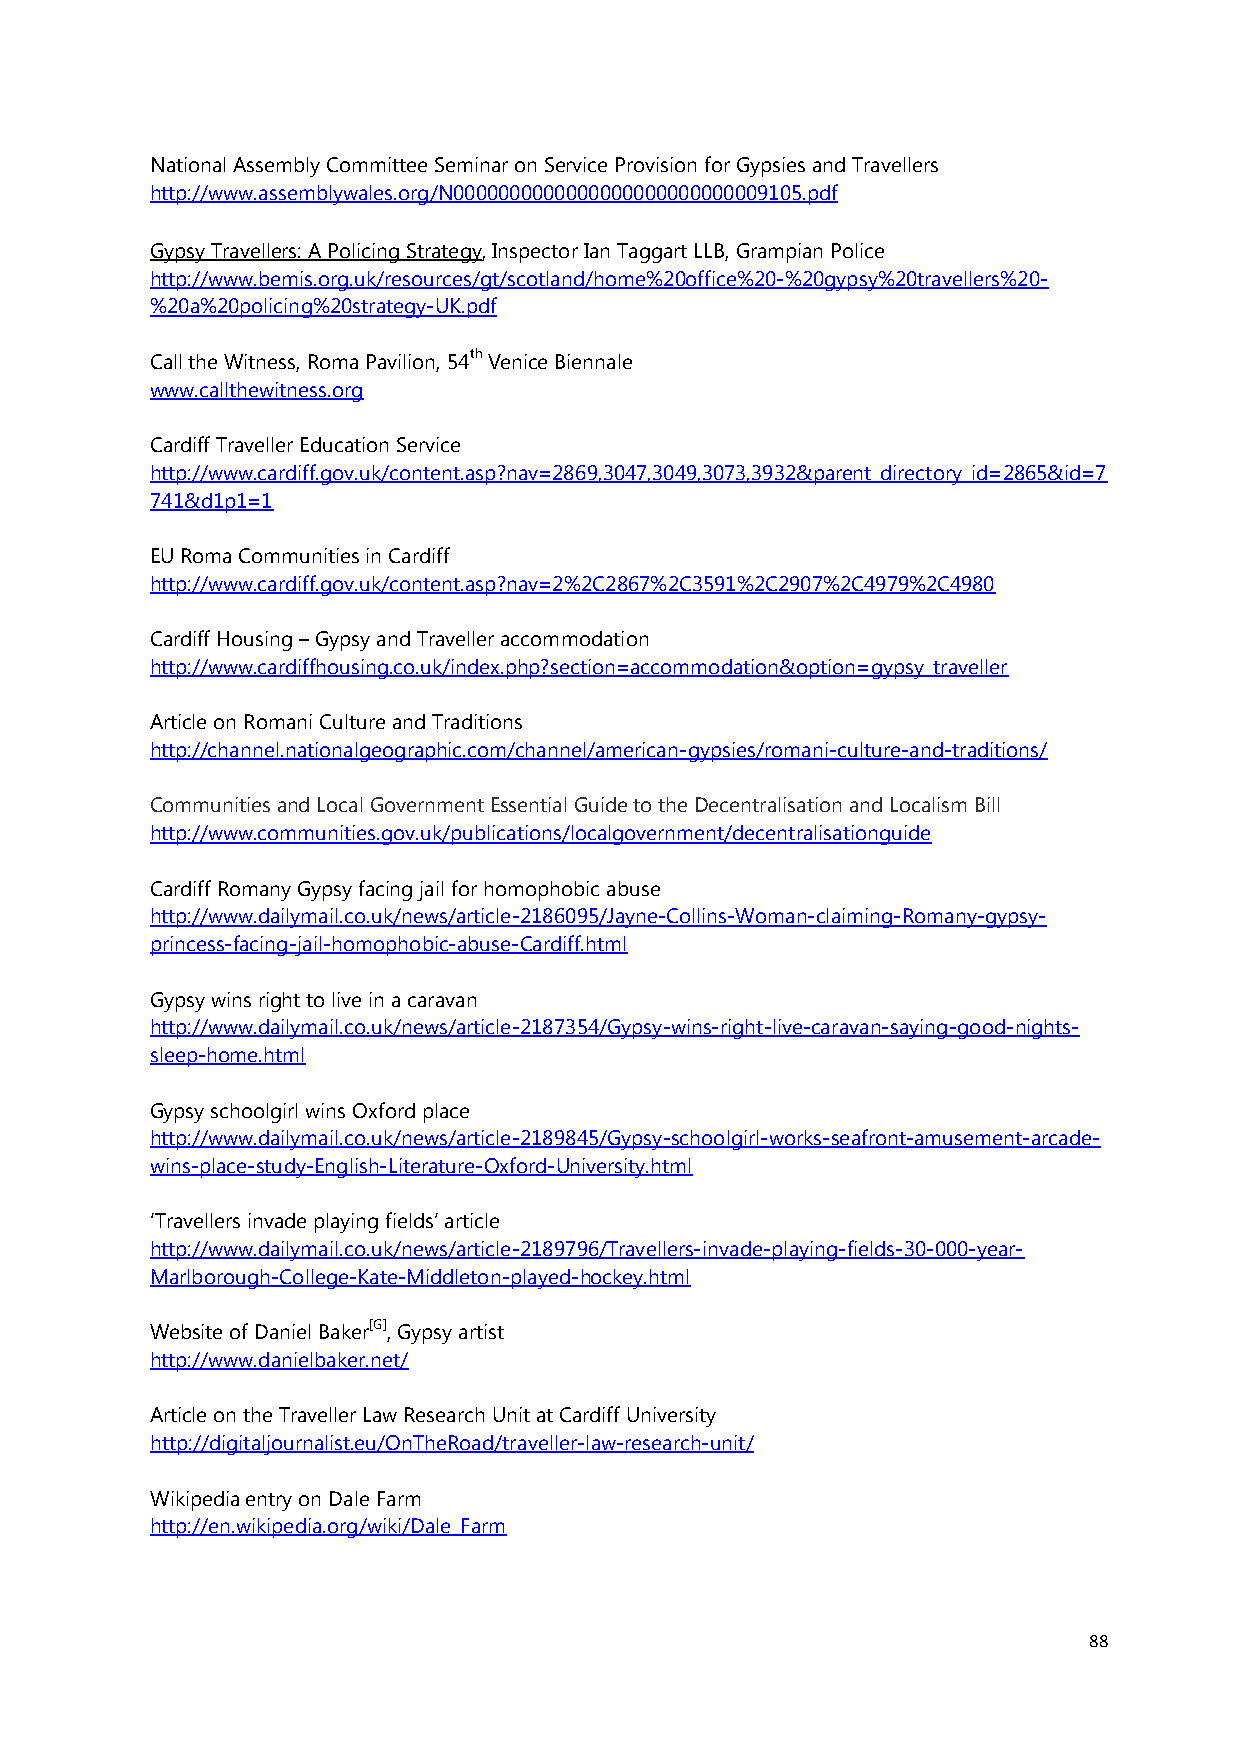
National Assembly Committee Seminar on Service Provision for Gypsies and Travellers
 http://www.assemblywales.org/N0000000000000000000000000009105.pdf
 Gypsy Travellers: A Policing Strategy, Inspector Ian Taggart LLB, Grampian Police
 http://www.bemis.org.uk/resources/gt/scotland/home%20office%20-%20gypsy%20travellers%20-
 %20a%20policing%20strategy-UK.pdf
 Call the Witness, Roma Pavilion, 54th Venice Biennale
 www.callthewitness.org
 Cardiff Traveller Education Service
 http://www.cardiff.gov.uk/content.asp?nav=2869,3047,3049,3073,3932&parent_directory_id=2865&id=7
 741&d1p1=1
 EU Roma Communities in Cardiff
 http://www.cardiff.gov.uk/content.asp?nav=2%2C2867%2C3591%2C2907%2C4979%2C4980
 Cardiff Housing – Gypsy and Traveller accommodation
 http://www.cardiffhousing.co.uk/index.php?section=accommodation&option=gypsy_traveller
 Article on Romani Culture and Traditions
 http://channel.nationalgeographic.com/channel/american-gypsies/romani-culture-and-traditions/
 Communities and Local Government Essential Guide to the Decentralisation and Localism Bill
 http://www.communities.gov.uk/publications/localgovernment/decentralisationguide
 Cardiff Romany Gypsy facing jail for homophobic abuse
 http://www.dailymail.co.uk/news/article-2186095/Jayne-Collins-Woman-claiming-Romany-gypsy-
 princess-facing-jail-homophobic-abuse-Cardiff.html
 Gypsy wins right to live in a caravan
 http://www.dailymail.co.uk/news/article-2187354/Gypsy-wins-right-live-caravan-saying-good-nights-
 sleep-home.html
 Gypsy schoolgirl wins Oxford place
 http://www.dailymail.co.uk/news/article-2189845/Gypsy-schoolgirl-works-seafront-amusement-arcade-
 wins-place-study-English-Literature-Oxford-University.html
 ‘Travellers invade playing fields’ article
 http://www.dailymail.co.uk/news/article-2189796/Travellers-invade-playing-fields-30-000-year-
 Marlborough-College-Kate-Middleton-played-hockey.html
 Website of Daniel Baker[G], Gypsy artist
 http://www.danielbaker.net/
 Article on the Traveller Law Research Unit at Cardiff University
 http://digitaljournalist.eu/OnTheRoad/traveller-law-research-unit/
 Wikipedia entry on Dale Farm
 http://en.wikipedia.org/wiki/Dale_Farm
 88